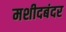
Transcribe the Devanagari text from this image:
मशीदबंदर